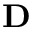
\mathbf { D }